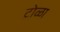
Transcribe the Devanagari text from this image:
टोळा